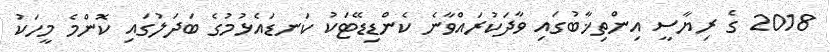
2018 ގެ ރިޔާސީ އިންތިޚާބުގައި ވާދަކުރައްވާނެ ކެންޑިޑޭޓަކު ކަނޑައެޅުމުގެ ބަދަލުގައި ކޮންމެ މީހަކު